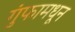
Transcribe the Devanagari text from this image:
गुंफामधून